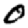
Digit: 0